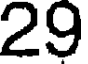
29